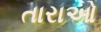
તારાઓ